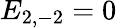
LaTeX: E_{2,-2}=0